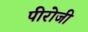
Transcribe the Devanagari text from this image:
पीरोजी